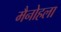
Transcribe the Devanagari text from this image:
मैनोहला